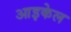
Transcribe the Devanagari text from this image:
आइकेल